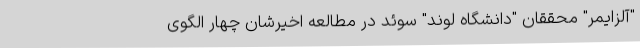
"آلزایمر" محققان "دانشگاه لوند" سوئد در مطالعه اخیرشان چهار الگوی